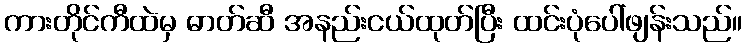
ကားတိုင်ကီထဲမှ ဓာတ်ဆီ အနည်းငယ်ထုတ်ပြီး ထင်းပုံပေါ်ဖျန်းသည်။